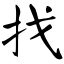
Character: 找